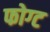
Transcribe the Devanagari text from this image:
फोग्ट